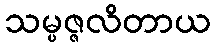
သမ္ပဇ္ဇလိတာယ